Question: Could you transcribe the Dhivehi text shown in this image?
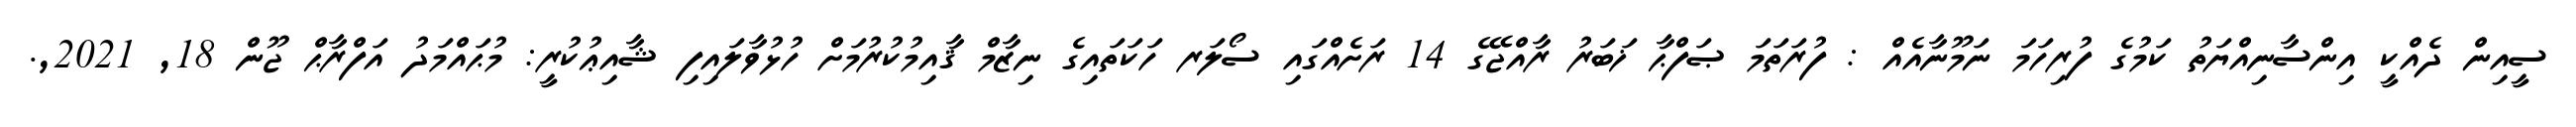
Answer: ސީއިން ދެއްކީ އިންސާނިއްޔަތު ކަމުގެ ފުރިހަމަ ނަމޫނާއެއް : ފުރަތަމަ ޞަފްޙާ ޚަބަރު ރާއްޖޭގެ 14 ރަށެއްގައި ސޯލަރ ހަކަތައިގެ ނިޒާމް ޤާއިމުކުރުމަށް ހުޅުވާލައިފި ޝާއިޢުކުރީ: މުޙައްމަދު އަފްރާޙް ޖޫން 18, 2021,.